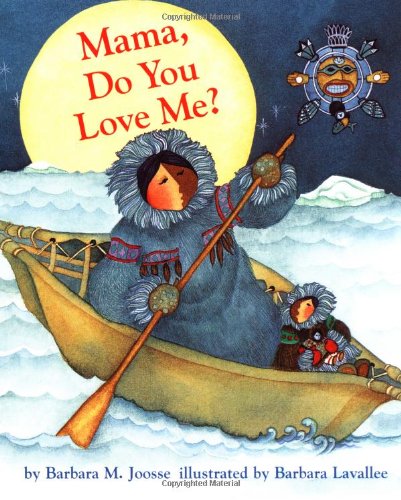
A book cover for Mama, Do You Love Me?; Barbara M. Joosse; Children's Books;